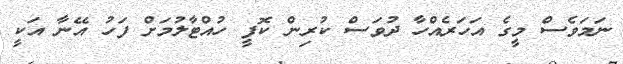
ނަމަވެސް މީގެ އަހަރެއްހާ ދުވަސް ކުރިން ކޮފީ ހުއްޓާލުމަށް ފަހު އޭނާ އަކީ